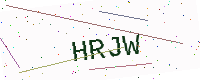
Text: HRJW